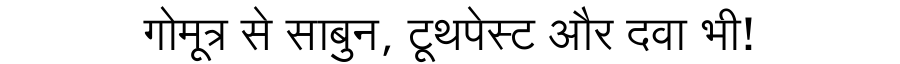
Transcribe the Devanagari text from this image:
गोमूत्र से साबुन, टूथपेस्ट और दवा भी!